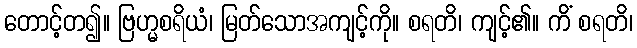
တောင့်တ၍။ ဗြဟ္မစရိယံ၊ မြတ်သောအကျင့်ကို။ စရတိ၊ ကျင့်၏။ ကိံ စရတိ၊